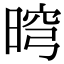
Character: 𣇬